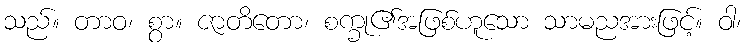
သည်။ တာဝ၊ စွာ။ ဇာတိတော၊ စက္ခု၏အဖြစ်ဟူသော သာမညအားဖြင့်။ ဝါ၊